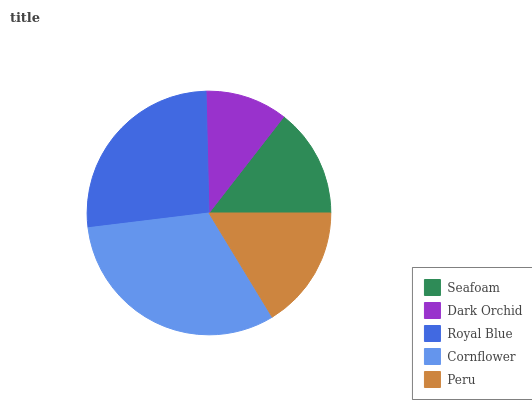
| Seafoam | Dark Orchid | Royal Blue | Cornflower | Peru |
 | --- | --- | --- | --- | --- |
 | 14.5% | 10.9% | 26.6% | 31.8% | 16.2% |